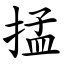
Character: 掹